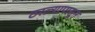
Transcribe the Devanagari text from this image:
ठरल्यापासून